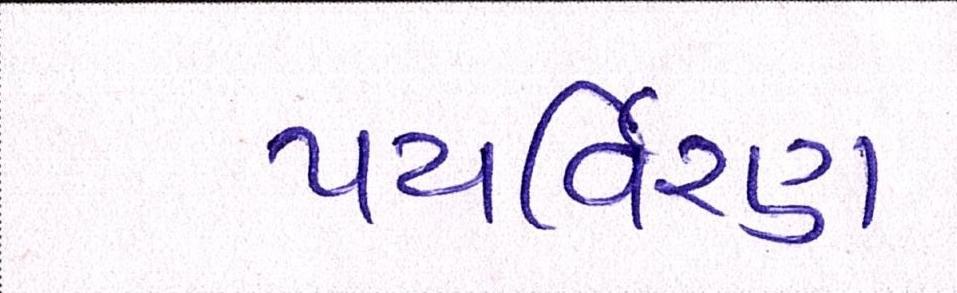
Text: પયર્વિરણ